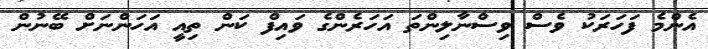
އެންމެ ފަހަރަކު ވެސް ވިސްނާލިންތަ އަހަރެންގެ ވައިފް ކަން ތިއީ އަހަންނަށް ބޭނުން